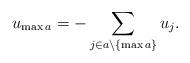
LaTeX: \begin{align*}u_{\max a}=- \sum_{j \in a \setminus \{ \max a \} } u_j .\end{align*}